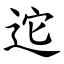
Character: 迱